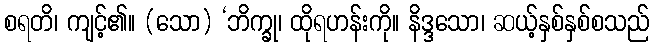
စရတိ၊ ကျင့်၏။ (သော) ‘ဘိက္ခု၊ ထိုရဟန်းကို။ နိဒ္ဒသော၊ ဆယ့်နှစ်နှစ်စသည်